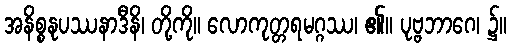
အနိစ္စနုပဿနာဒီနိ၊ တို့ကို။ လောကုတ္တရမဂ္ဂဿ၊ ၏။ ပုဗ္ဗဘာဂေ၊ ၌။